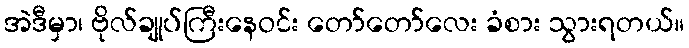
အဲဒီမှာ၊ ဗိုလ်ချုပ်ကြီးနေဝင်း တော်တော်လေး ခံစား သွားရတယ်။